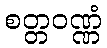
စတ္တဝဏ္ဏံ